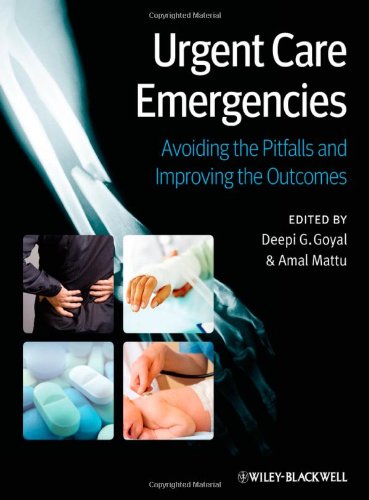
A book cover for Urgent Care Emergencies: Avoiding the Pitfalls and Improving the Outcomes; Medical Books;